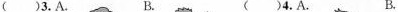
( )3. A. B. ( )4. A. B.